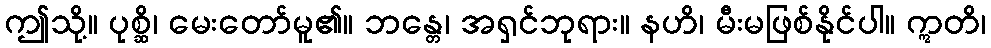
ဤသို့။ ပုစ္ဆိ၊ မေးတော်မူ၏။ ဘန္တေ၊ အရှင်ဘုရား။ နဟိ၊ မီးမဖြစ်နိုင်ပါ။ ဣတိ၊